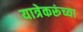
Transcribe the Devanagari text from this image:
यात्रेकरूंच्या